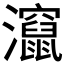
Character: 𬉬